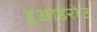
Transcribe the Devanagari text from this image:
हुआइरोउ